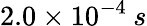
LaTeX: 2.0\times 10^{-4}\: s